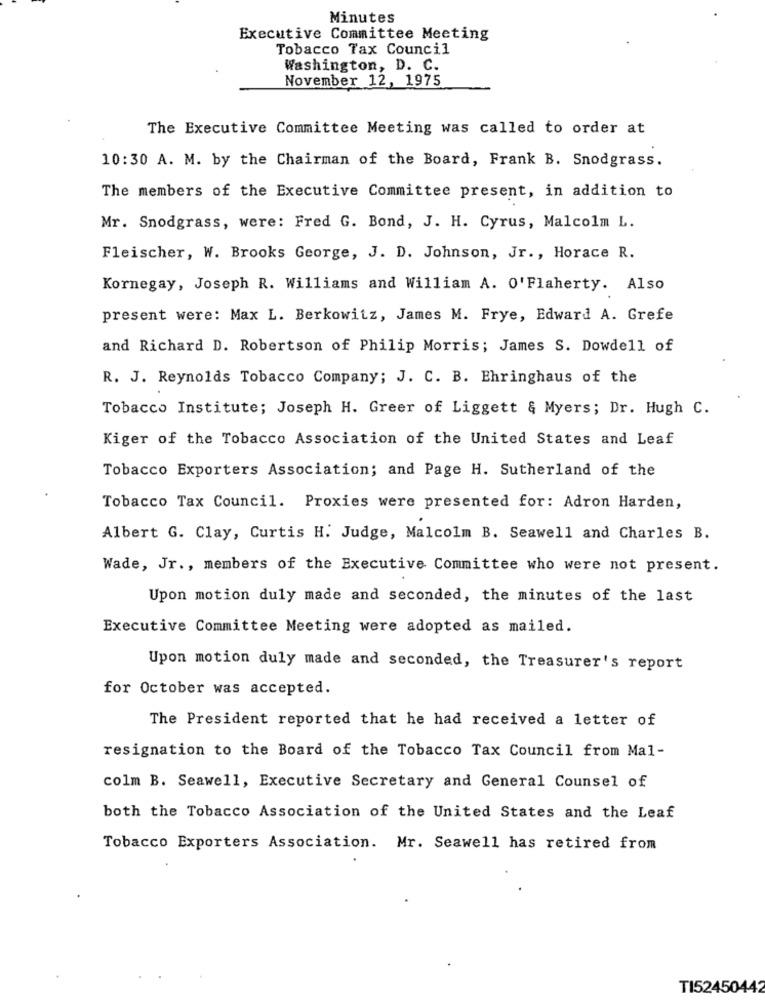
Minutes
Executive Committee Meeting
Tobacco Tax Council
Washington, D. C.
November 12, 1975
The Executive Committee Meeting was called to order at
10:30 A. M. by the Chairman of the Board, Frank B. Snodgrass.
The members of the Executive Committee present, in addition to
Mr. Snodgrass, were: Fred G. Bond, J. H. Cyrus, Malcolm L.
Fleischer, W. Brooks George, J. D. Johnson, Jr ., Horace R.
Kornegay, Joseph R. Williams and William A. O'Flaherty. Also
present were: Max L. Berkowitz, James M. Frye, Edward A. Grefe
and Richard D. Robertson of Philip Morris; James S. Dowdell of
R. J. Reynolds Tobacco Company; J. C. B. Ehringhaus of the
Tobacco Institute; Joseph H. Greer of Liggett & Myers; Dr. Hugh C.
Kiger of the Tobacco Association of the United States and Leaf
Tobacco Exporters Association; and Page H. Sutherland of the
Tobacco Tax Council. Proxies were presented for: Adron Harden,
Albert G. Clay, Curtis H. Judge, Malcolm B. Seawell and Charles B.
Wade, Jr ., members of the Executive Committee who were not present.
Upon motion duly made and seconded, the minutes of the last
Executive Committee Meeting were adopted as mailed.
Upon motion duly made and seconded, the Treasurer's report
for October was accepted.
The President reported that he had received a letter of
resignation to the Board of the Tobacco Tax Council from Mal-
colm B. Seawell, Executive Secretary and General Counsel of
both the Tobacco Association of the United States and the Leaf
Tobacco Exporters Association. Mr. Seawell has retired from
TI52450442